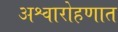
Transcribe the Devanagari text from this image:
अश्वारोहणात